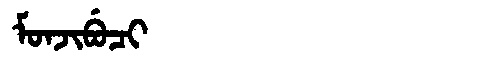
Manchu: ᠮᠣᠨᠵᡳᠪᡠᠴᡳ
Romanization: MONJIBUCI